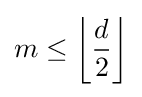
m\leq \left\lfloor {\frac {d}{2}}\right\rfloor